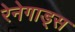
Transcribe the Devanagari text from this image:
रेनेगाड्स